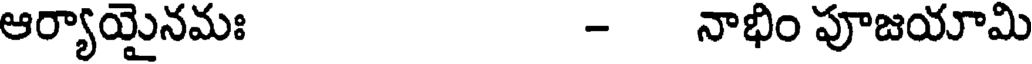
ఆర్యాయైనమః - నాభిం పూజయామి